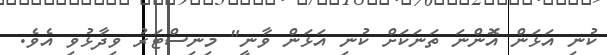
ކުނި އަޅަން އޮންނަ ތަނަކަށް ކުނި އަޅަން ވާނީ" މިނިސްޓަރު ވިދާޅުވި އެވެ.